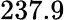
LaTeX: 237.9